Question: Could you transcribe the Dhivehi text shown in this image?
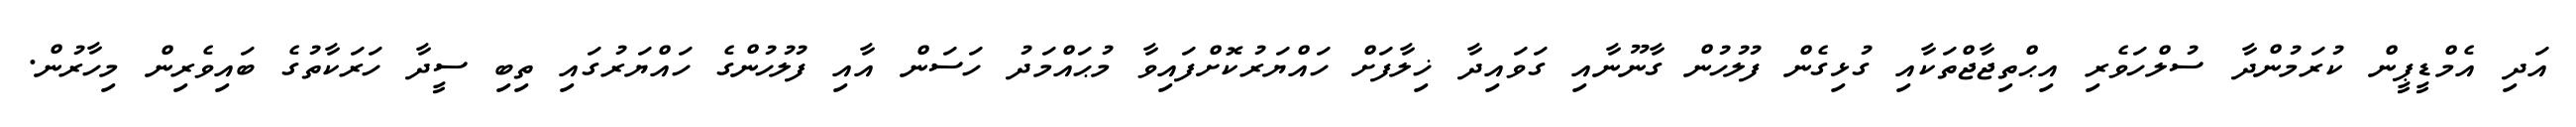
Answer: އަދި އެމްޑީޕީން ކުރަމުންދާ ސުލްހަވެރި އިޙްތިޖާޖްތަކާއި ގުޅިގެން ފުލުހުން ގާނޫނާއި ގަވައިދާ ޚިލާފަށް ހައްޔަރުކޮށްފައިވާ މުޙައްމަދު ހަސަން އާއި ފުލުހުންގެ ހައްޔަރުގައި ތިބި ސީދާ ހަރަކާތުގެ ބައިވެރިން މިހާރުން.